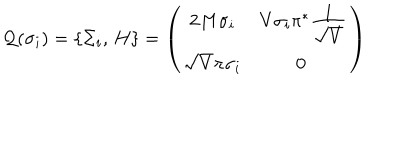
{ \cal Q } ( \sigma _ { i } ) = \{ \Sigma _ { i } , \, H \} = \left( \begin{array} { c c } { { 2 M \sigma _ { i } } } & { { V \sigma _ { i } \pi ^ { * } \frac { \textstyle 1 } { \textstyle \sqrt { V } } } } \\ { { \sqrt { V } \pi \sigma _ { i } } } & { { 0 ~ } } \\ \end{array} \right)